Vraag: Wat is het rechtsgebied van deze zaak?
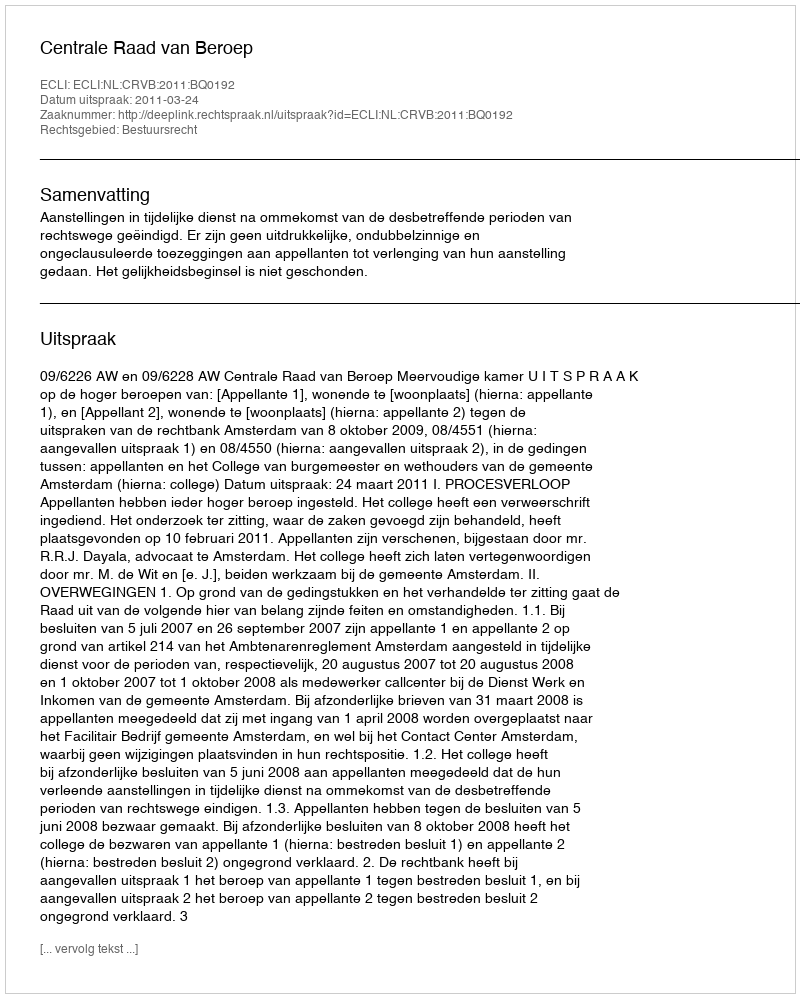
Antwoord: Bestuursrecht